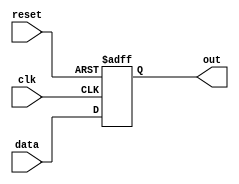
module d_ff(data,clk,reset,out);		//asynchronous reset
input data,clk,reset;
output reg out;

always @(posedge clk, posedge reset) begin
	if(reset) out<=0;
	else out<=data;
end

endmodule